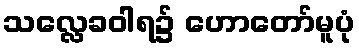
သလ္လေခဝါရ၌ ဟောတော်မူပုံ